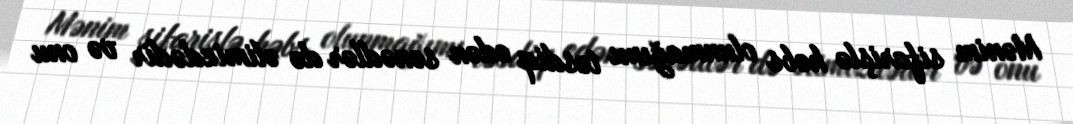
Mənim sifarişlə həbs olunmağımı təsdiq edən sənədlər də əlimizdədir və onu